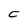
Character: C